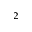
^ 2